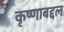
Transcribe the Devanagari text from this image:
कृष्णाबद्दल